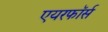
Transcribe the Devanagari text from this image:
एयरफॉर्स